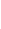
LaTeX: \! \! \! \! \! \! \! \! \! \! \! \mathcal{A}\! \! \! \! \! \! \! \! \! \! \! \! =\! \! \! \! \! \! \! \! \! \! \! \! \{ \! \! \! \! \! \! \! \! \! \! \! \! (U\! \! \! \! \! \! \! \! \! \! \! \! _{\! \! \! \! \! \! \! \! \! \! \! \! \alpha}\! \! \! \! \! \! \! \! \! \! \! \! ,\! \! \! \! \! \! \! \! \! \! \! \! \Phi\! \! \! \! \! \! \! \! \! \! \! \! _{\! \! \! \! \! \! \! \! \! \! \! \! \alpha}\! \! \! \! \! \! \! \! \! \! \! \! )\! \! \! \! \! \! \! \! \! \! \! \! :\! \! \! \! \! \! \! \! \! \! \! \! \alpha\! \! \! \! \! \! \! \! \! \! \! \! \} \! \! \! \! \! \! \! \! \! \! \!